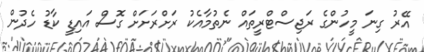
އޭރު ގިނަ މީހުންގެ ރަޖިސްޓްރީތައް ނެތުމާއެކު ރަށްރަށަށް ގޮސް އައިޑީ ކާޑު ހެދުން